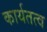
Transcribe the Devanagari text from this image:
कार्यतत्व